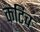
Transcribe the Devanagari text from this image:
कटिच